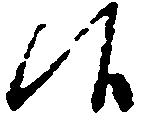
候